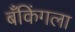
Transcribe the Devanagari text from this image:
बँकिंगला